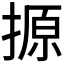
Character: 𪮢